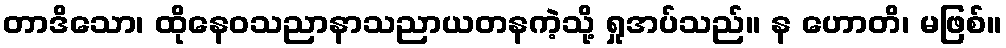
တာဒိသော၊ ထိုနေဝသညာနာသညာယတနကဲ့သို့ ရှုအပ်သည်။ န ဟောတိ၊ မဖြစ်။